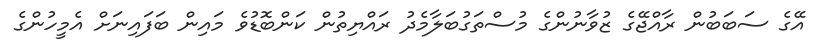
އޭގެ ސަބަބުން ރާއްޖޭގެ ޒުވާނުންގެ މުސްތަގުބަލާމެދު ރައްޔިތުން ކަންބޮޑުވެ މައިން ބަފައިނަށް އެމީހުންގެ